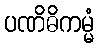
ပဏိဓိကမ္မံ